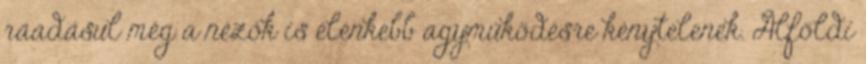
ráadásul még a nézők is élénkebb agyműködésre kénytelenek. Alföldi